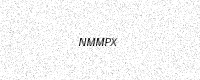
Text: NMMPX